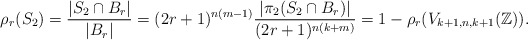
\begin{align*} \rho_{r}(S_{2}) = \dfrac{|S_{2} \cap B_r|}{|B_r|} = (2r+1)^{n(m-1)}\dfrac{|\pi_{2}(S_{2} \cap B_r)|}{(2r+1)^{n(k+m)}} = 1 - \rho_{r}(V_{k+1, n, k+1}(\mathbb{Z})).\end{align*}